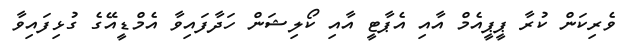
ވެރިކަން ކުރާ ޕީޕީއެމް އާއި އެޕާޓީ އާއި ކޯލިޝަން ހަދާފައިވާ އެމްޑީއޭގެ ގުޅިފައިވާ